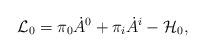
LaTeX: \begin{align*}{\cal L}_{0} = \pi_{0}\dot{A}^{0}+\pi_i \dot{A}^i - {\cal H}_{0},\end{align*}